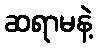
ဆရာမနဲ့